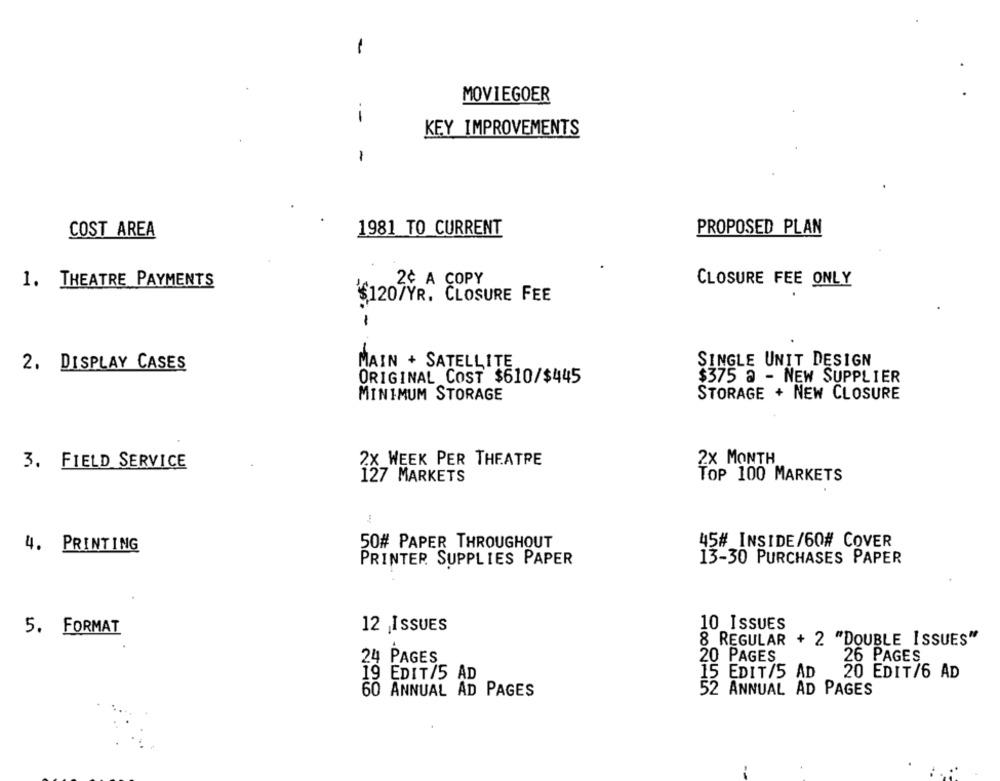
-
MOVIEGOER
--
KEY IMPROVEMENTS
-
COST AREA
1981 TO CURRENT
PROPOSED PLAN
2¢ A COPY
CLOSURE FEE ONLY
1. THEATRE PAYMENTS
$120/YR. CLOSURE FEE
-
2. DISPLAY CASES
MAIN + SATELLITE
SINGLE UNIT DESIGN
ORIGINAL COST $610/$445
$375 a - NEW SUPPLIER
MINIMUM STORAGE
STORAGE + NEW CLOSURE
2X MONTH
3. FIELD SERVICE
2X WEEK PER THEATRE
127 MARKETS
TOP 100 MARKETS
4. PRINTING
50# PAPER THROUGHOUT
45# INSIDE/60# COVER
PRINTER SUPPLIES PAPER
13-30 PURCHASES PAPER
10 ISSUES
5. FORMAT
12 ISSUES
8 REGULAR + 2 "DOUBLE ISSUES"
20 PAGES
26 PAGES
24 PAGES
EDIT/5 AD
15 EDIT/5 AD
20 EDIT/6 AD
60 ANNUAL AD PAGES
52 ANNUAL AD PAGES